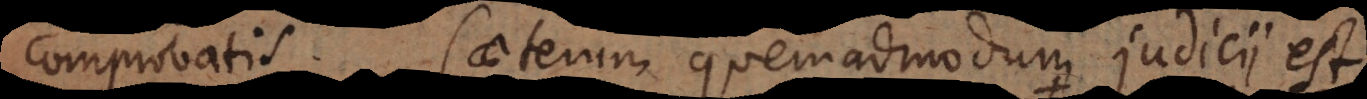
comprobatis. Caeterum quemadmodum judicii est,